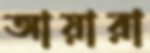
আয়ারা